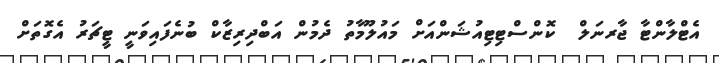
އެޓްލާންޓާ ޖާރނަލް  ކޮންސްޓިޓިއުޝަންއަށް މައުލޫމާތު ދެމުން އަބްދިރިޒާކް ބުނެފައިވަނީ ޓީޗަރު އެގޮތަށް